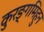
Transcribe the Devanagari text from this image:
कुरङ्गमिहुन